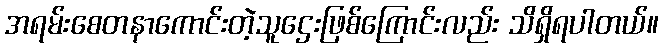
အရမ်းစေတနာကောင်းတဲ့သူဌေးဖြစ်ကြောင်းလည်း သိရှိရပါတယ်။